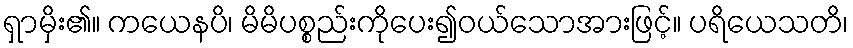
ရှာမှိး၏။ ကယေနပိ၊ မိမိပစ္စည်းကိုပေး၍ဝယ်သောအားဖြင့်။ ပရိယေသတိ၊